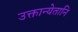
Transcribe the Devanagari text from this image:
उक्तान्येतानि